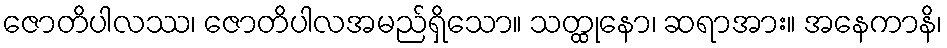
ဇောတိပါလဿ၊ ဇောတိပါလအမည်ရှိသော။ သတ္ထုနော၊ ဆရာအား။ အနေကာနိ၊